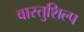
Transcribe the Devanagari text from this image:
वास्‍तुशिल्प